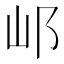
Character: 邖